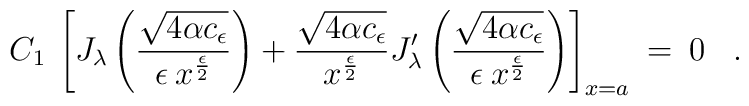
C_1 \> \left[J_{\lambda}\left(\frac{\sqrt{4\alpha c_{\epsilon}}}{\epsilon\>  x^{\epsilon \over 2}}\right)+\frac{\sqrt{4\alpha c_{\epsilon}}}{x^{\epsilon \over 2}}J_{\lambda}^\prime\left(\frac{\sqrt{4\alpha c_{\epsilon}}}{\epsilon\>  x^{\epsilon \over 2}}\right)\right]_{x=a}\> =\> 0\;\;\;.